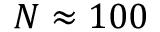
N \approx 1 0 0